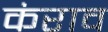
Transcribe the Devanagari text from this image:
कंराव